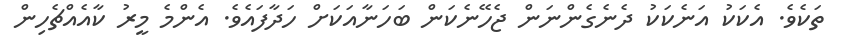
ތަކެވެ. އެކަކު އަނެކަކު ދެނެގެންނަން ޖެހޭނެކަން ބަހަނާއަކަށް ހަދާފައެވެ. އެންމެ މީރު ކާއެއްޗެހިން